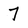
Character: 7